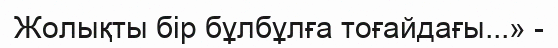
Жолықты бір бұлбұлға тоғайдағы...» -